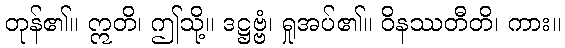
တုန်၏။ ဣတိ၊ ဤသို့။ ဒဋ္ဌဗ္ဗံ၊ ရှုအပ်၏။ ဝိနဿတီတိ၊ ကား။